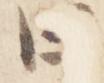
曰